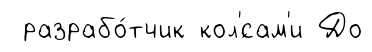
разрабо́тчик кол'́сам'и До